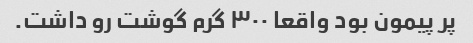
پر پیمون بود واقعا ۳۰۰ گرم گوشت رو داشت.